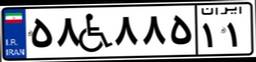
۵۸W۸۸۵۱۱